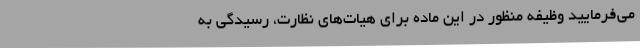
می‌فرمایید وظیفه منظور در این ماده برای هیات‌های نظارت، رسیدگی به